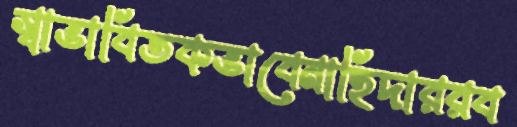
স্বাভাবিতকভাবেনাহিদাররব